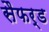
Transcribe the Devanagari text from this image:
सैफर्ड